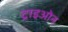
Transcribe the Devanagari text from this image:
ट्राइओन